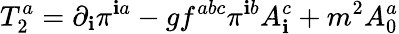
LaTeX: T_{2}^{a}=\partial_{\mathbf{i}}\pi^{\mathbf{i}a}-gf^{abc}\pi^{\mathbf{i}b}A_{\mathbf{i}}^{c}+m^{2}A_{0}^{a}